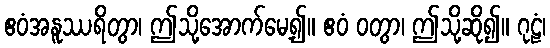
ဧဝံအနူဿရိတွာ၊ ဤသို့အောက်မေ့၍။ ဧဝံ ဝတွာ၊ ဤသို့ဆို၍။ ဂုဠံ၊